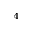
^ 4